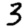
Digit: 3